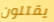
يقتلون